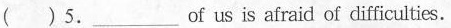
( ) 5.___of us is afraid of difficulties.